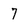
Character: 7